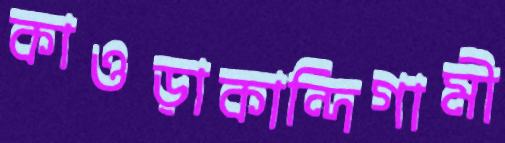
কাওড়াকান্দিগামী